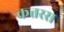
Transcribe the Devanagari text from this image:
कतरस